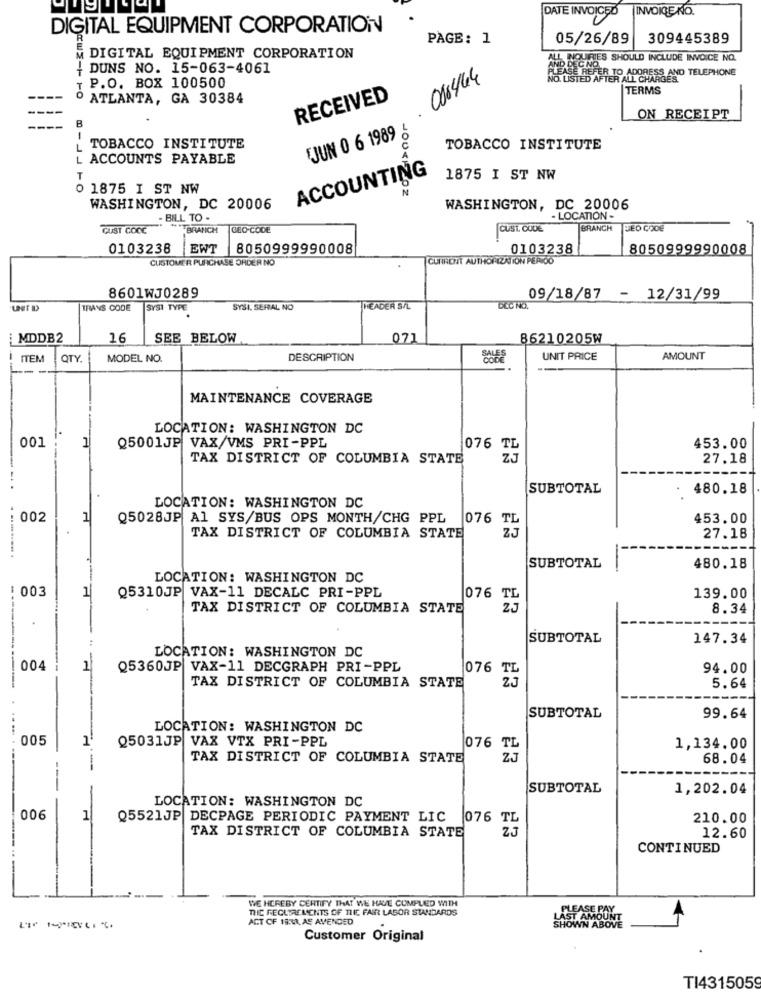
INVOICE NO.
DATE INVOICED
DIGITAL EQUIPMENT CORPORATION
PAGE: 1
05/26/89
309445389
DIGITAL EQUIPMENT CORPORATION
AND BEETLES SHOULD INCLUDE INVOICE NO.
{ DUNS NO. 15-063-4061
O ADDRESS AND TELEPHONE
018444
NO. LISTED AFTER ALL CHARGES.
I P.O. BOX 100500
TERMS
ATLANTA, GA 30384
RECEIVED
ON RECEIPT
TJUN 0 6 1989
L TOBACCO INSTITUTE
TOBACCO INSTITUTE
L ACCOUNTS PAYABLE
ACCOUNTING
T
1875 I ST NW
0 1875 I ST NW
-00X12oz
WASHINGTON, DC 20006
WASHINGTON, DC 20006
- BILL TO -
- LOCATION -
GUST COCC
BRANCH
GEO-CODE
CUST. CODE
BRANCH
BED CODE
0103238
EWT 8050999990008
0103238
8050999990008
CUSTOMER PURCHASE ORDER NO
CURRENT AUTHORIZATION PER 00
8601WJ0289
09/18/87 - 12/31/99
TRANS CODE
SYSI TYPE
SYSI. SEHAL NO
HEADER S/L
DCC NO.
MDDB2
16
SEE BELOW
071
86210205W
ITEM
QTY.
MODEL NO.
DESCRIPTION
UNIT PRICE
AMOUNT
MAINTENANCE COVERAGE
LOCATION: WASHINGTON DC
001
Q5001JP VAX/VMS PRI-PPL
076 TL
453.00
TAX DISTRICT OF COLUMBIA STATE
27.18
-.
SUBTOTAL
480.18
LOCATION: WASHINGTON DC
002
1
Q5028JP Al SYS/BUS OPS MONTH/CHG PPL
076 TL
453.00
TAX DISTRICT OF COLUMBIA STATE
27.18
...........
SUBTOTAL
480.18
LOCATION: WASHINGTON DC
: 003
1
Q5310JP VAX-11 DECALC PRI-PPL
076 TL
139.00
TAX DISTRICT OF COLUMBIA STATE
8.34
SUBTOTAL
147.34
-
LOCATION: WASHINGTON DC
004
1
Q5360JP VAX-11 DECGRAPH PRI-PPL
94.00
TAX DISTRICT OF COLUMBIA STATE
076 TL
5.64
SUBTOTAL
99.64
LOCATION: WASHINGTON DC
.... .
005
1
Q5031JP VAX VTX PRI-PPL
076 TL
1,134.00
TAX DISTRICT OF COLUMBIA STATE
68.04
SUBTOTAL
1,202.04
LOCATION: WASHINGTON DC
006
Q5521JP DECPAGE PERIODIC PAYMENT LIC 076 TL
210.00
TAX DISTRICT OF COLUMBIA STATE
12.60
CONTINUED
-
WE HEREBY CERTIFY THAT WE HAVE CUMPLED WITH
THE RECLTREMENTS OF THE FAIR LABOR STANDARDS
ACT OF 19:13, AS AMENDED
SHOWN ABOVE
ST AMOU
Customer Original
TI4315059